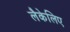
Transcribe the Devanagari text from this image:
लैकेलिए